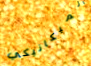
الميكانيكي